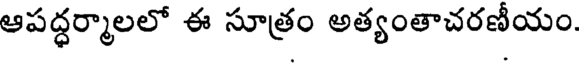
ఆపద్ధర్మాలలో ఈ సూత్రం అత్యంతాచరణీయం.